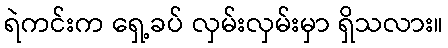
ရဲကင်းက ရှေ့ခပ် လှမ်းလှမ်းမှာ ရှိသလား။